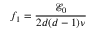
f _ { 1 } = \frac { { \mathcal E } _ { 0 } } { 2 d ( d - 1 ) \nu }